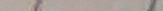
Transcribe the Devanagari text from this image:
भयो